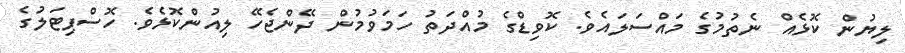
ލިޔުން ކޮޅެއް ނެތުމުގެ މައްސަލައެވެ. ކޮވިޑްގެ މުއްދަތު ހަމަވުމުން ދޭންޖެހޭ ލިއުންކޮޅެވެ. ހޮސްޕިޓަލުގެ